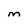
Character: M